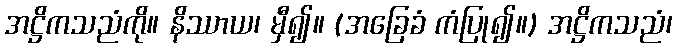
အဋ္ဌိကသညံကို။ နိဿာယ၊ မှီ၍။ (အခြေခံ ကံပြု၍။) အဋ္ဌိကသညံ၊